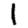
Digit: 1